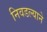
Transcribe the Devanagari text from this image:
निवडल्याने